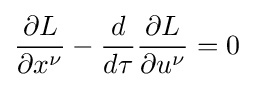
{\frac {\partial L}{\partial x^{\nu }}}-{\frac {d}{d\tau }}{\frac {\partial L}{\partial u^{\nu }}}=0